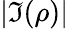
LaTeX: |\Im(\rho)|